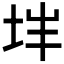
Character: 𰉨